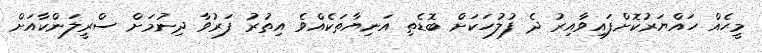
މީހެއް ހައްޔަރުކޮށްފައިވާއިރު ދެ ފުލުހަކަށް ބޮޑެތި އަނިޔާތަކެއްވެ އިތުރު ފަރުވާ ދިނުމަށް ސްރީލަންކާއަށް